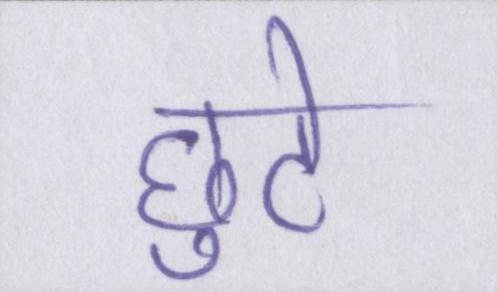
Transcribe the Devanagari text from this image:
छुटे